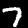
Label: 7